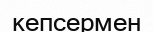
кепсермен